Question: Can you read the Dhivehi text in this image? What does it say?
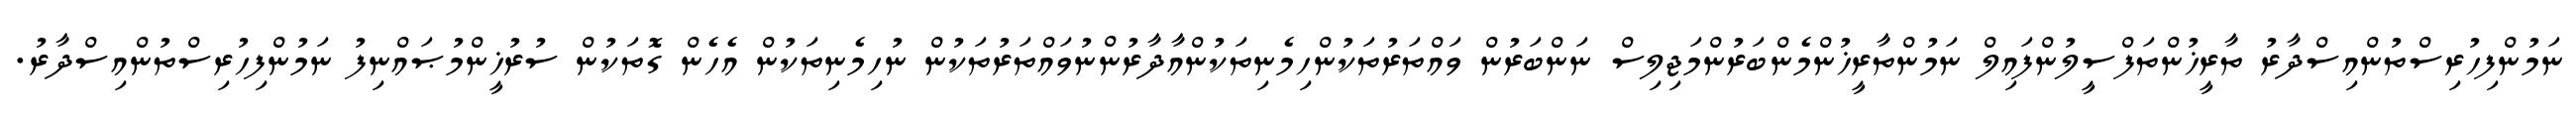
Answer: ނަމުންފިހުރިސްތުންއިސްދާރު ތާރީޚުންތަފްސީލުންފައިލް ނަމުންތާރީޚުންމެންބަރުންމަޖިލިސް ނަންބަރުން ވައްތަރުތަކުންހިމެނިތަކުންއާދާރުންނުވައްތަރުތަކުން ނުހިމެނިތަކުން އެހެން ގޮތަކުން ސުރުޚީންމުޞައްނިފު ނަމުންފިހުރިސްތުންއިސްދާރު.